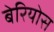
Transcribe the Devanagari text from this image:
बेरियोस